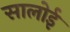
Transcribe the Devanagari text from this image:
सालोई